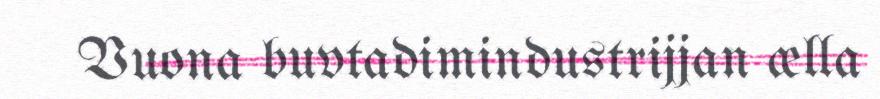
Vuona buvtadimindustrijjan ælla